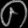
Digit: ၈